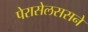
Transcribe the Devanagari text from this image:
पेरासेलससने